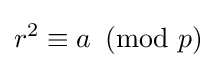
r^{2}\equiv a\!\!\!{\pmod {p}}